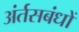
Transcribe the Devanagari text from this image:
अंर्तसबंधों